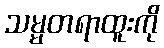
သမ္မတရာထူးကို